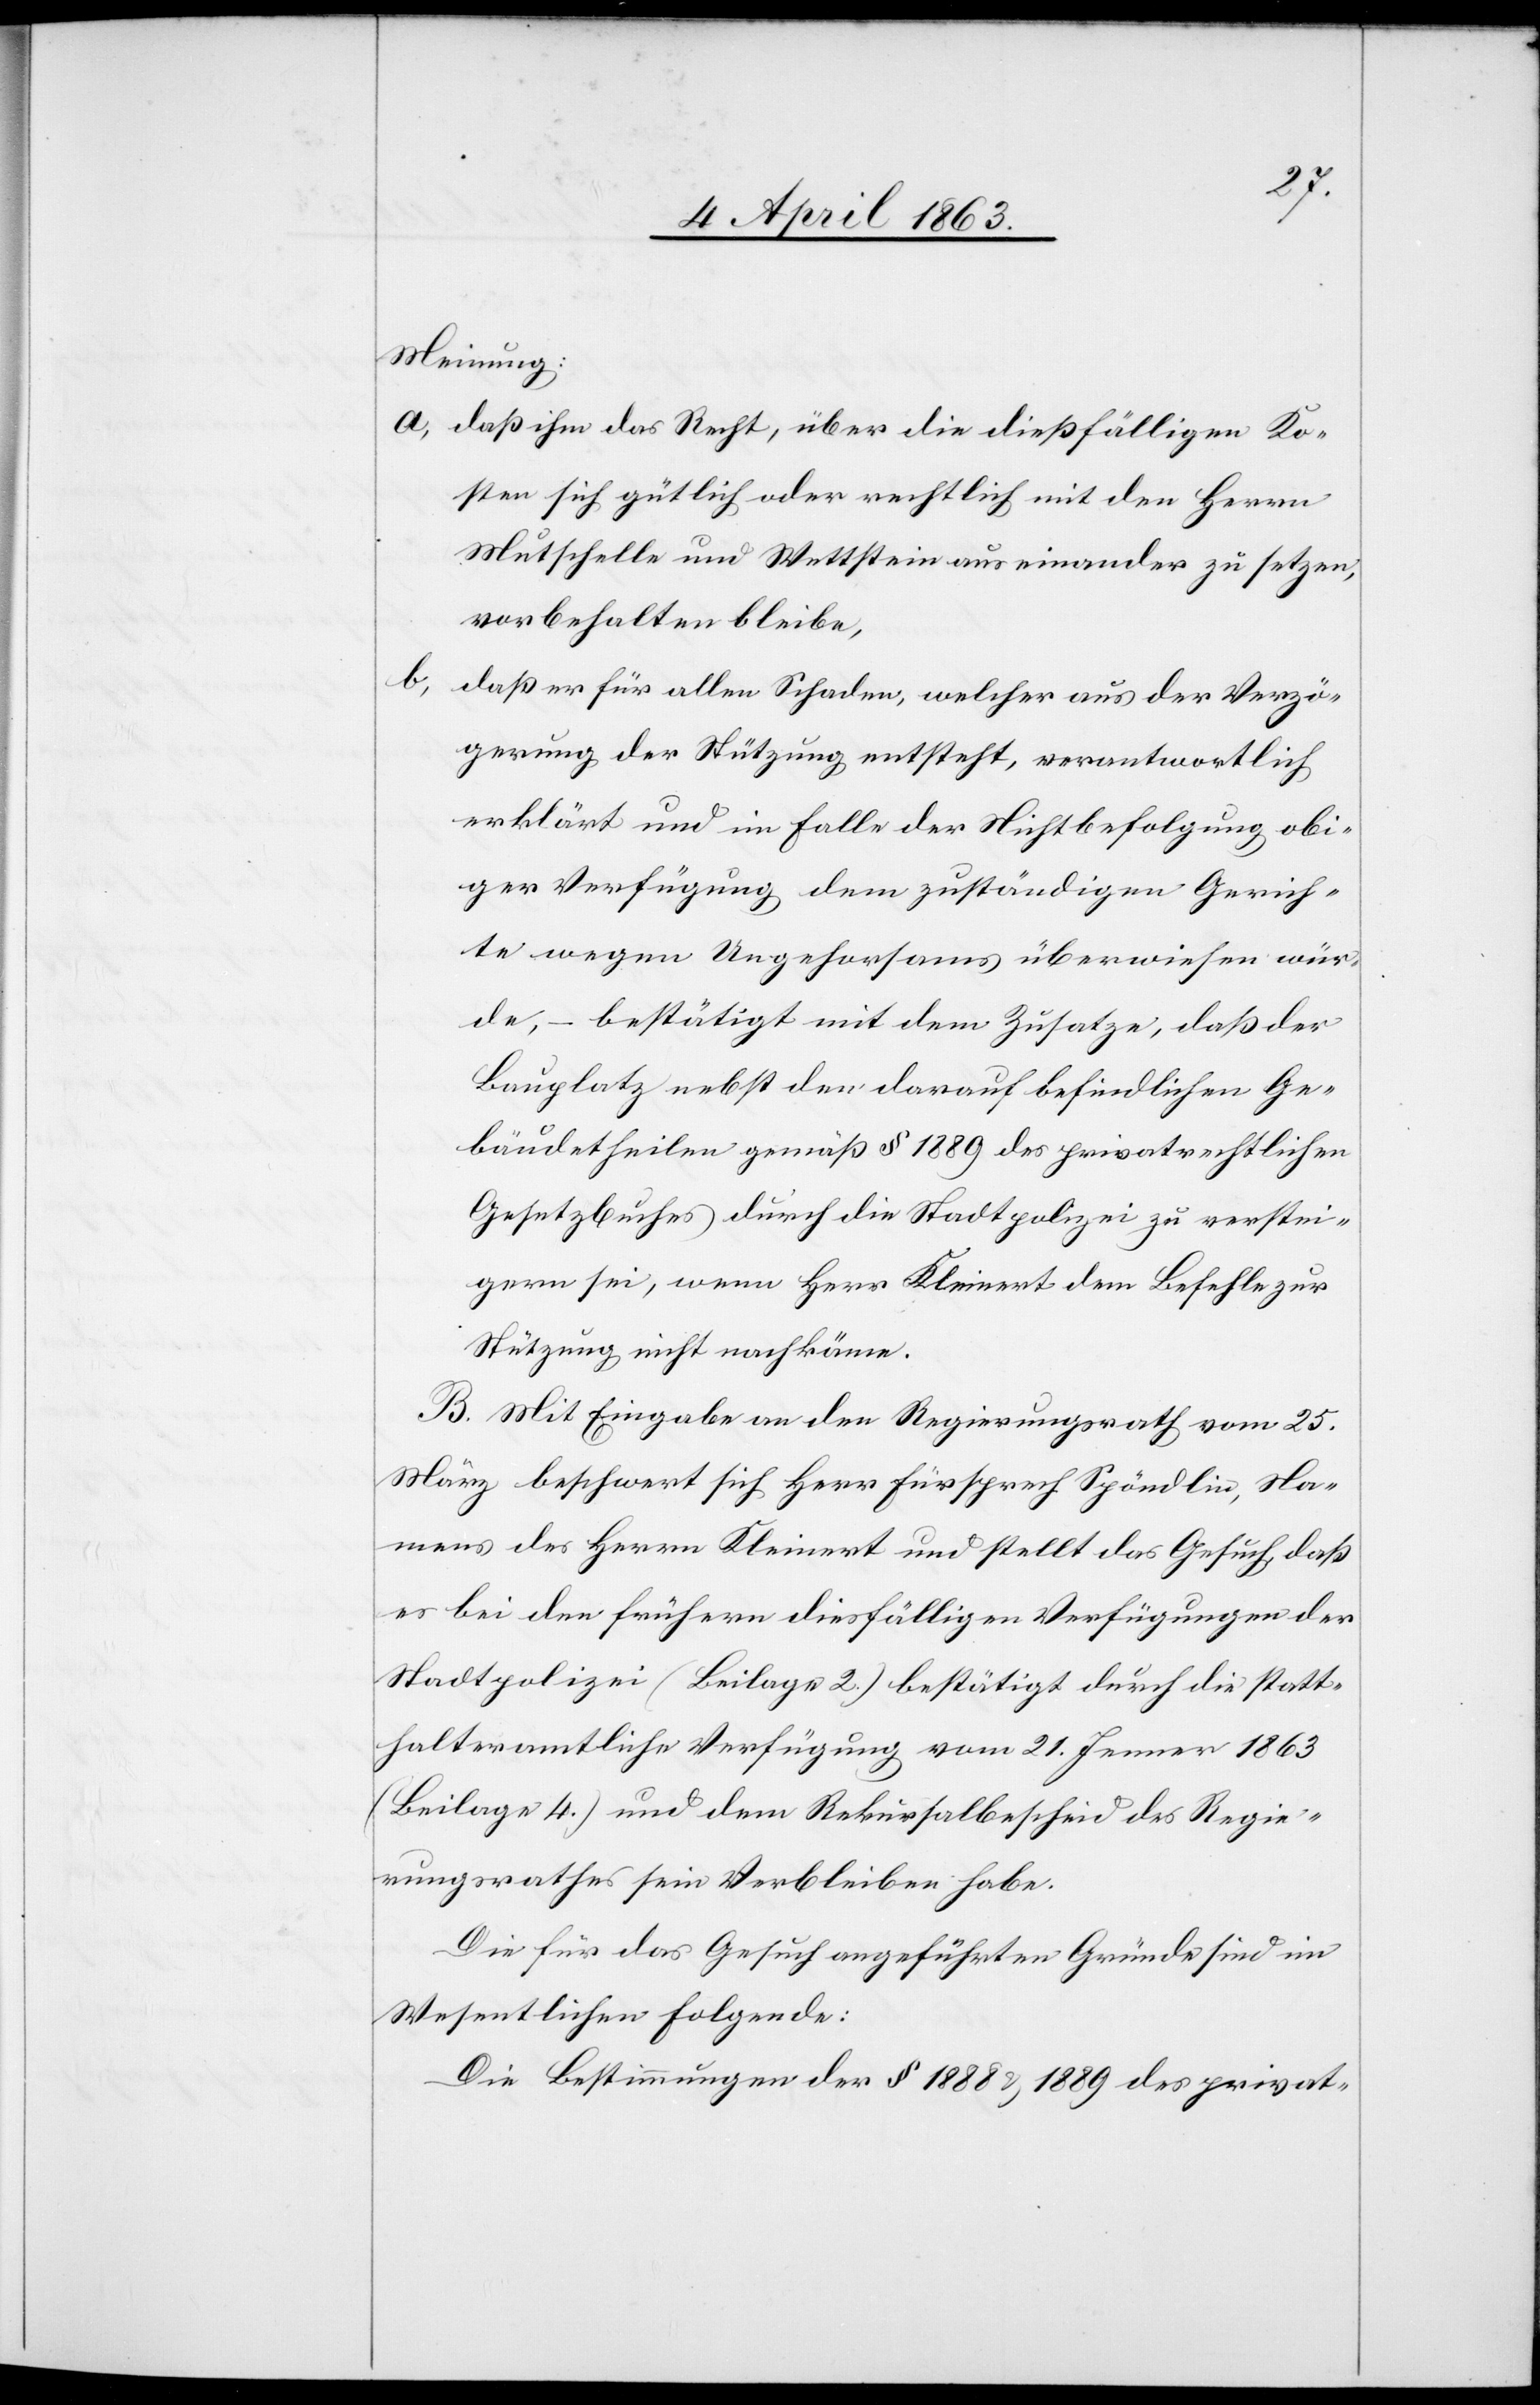
Meinung:
a)
daß ihm das Recht, über die dießfälligen Ko¬
sten sich gütlich oder rechtlich mit den Herrn
Mutschelle und Wettstein auseinander zu setzen,
vorbehalten bleibe,
b)
daß er für allen Schaden, welcher aus der Verzö¬
gerung der Stützung entsteht, verantwortlich
erklärt und im Falle der Nichtbefolgung obi¬
ger Verfügung dem zuständigen Gerich¬
te wegen Ungehorsams überwiesen wür¬
de, – bestätigt mit dem Zusatze, daß der
Bauplatz nebst den darauf befindlichen Ge¬
bäudetheilen gemäß § 1889 des privatrechtlichen
Gesetzbuches durch die Stadtpolizei zu verstei¬
gern sei, wenn Herr Kleinert dem Befehle zur
Stützung nicht nachkäme.
B. Mit Eingabe an den Regierungsrath vom 25.
März beschwert sich Herr Fürsprech Spöndlin, Na¬
mens des Herrn Kleinert und stellt das Gesuch, daß
es bei den frühern diesfälligen Verfügungen der
Stadtpolizei (Beilage 2.) bestätigt durch die statt¬
halteramtliche Verfügung vom 21. Jenner 1863
(Beilage 4.) und dem Rekursalbescheid des Regie¬
rungsrathes sein Verbleiben habe.
Die für das Gesuch angeführten Gründe sind im
Wesentlichen Folgende:
Die Bestimmungen der § 1888 & 1889 des privat-